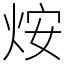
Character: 𤇼